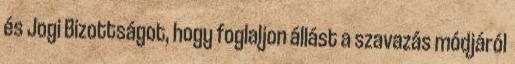
és Jogi Bizottságot, hogy foglaljon állást a szavazás módjáról